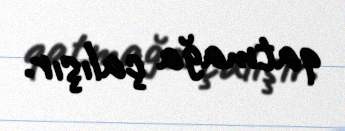
qatmağa çalışır.